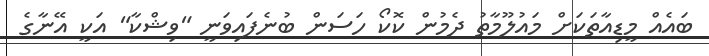
ބައެއް މީޑިއާތަކަށް މައުލޫމާތު ދެމުން ކޮކޯ ހަސަން ބުނެފައިވަނީ "ވިޝްކާ" އަކީ އޭނާގެ